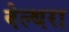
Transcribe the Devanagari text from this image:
बेल्‍थरा